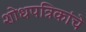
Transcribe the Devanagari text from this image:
शोधपत्रिकांचे